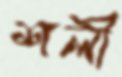
শলী